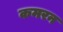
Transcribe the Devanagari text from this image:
कमरन